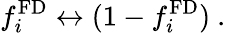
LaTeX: f_{i}^{\mathrm{FD}}\leftrightarrow(1-f_{i}^{\mathrm{FD}})~.